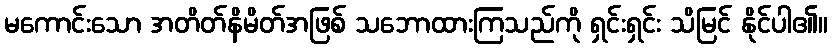
မကောင်းသော အတိတ်နိမိတ်အဖြစ် သဘောထားကြသည်ကို ရှင်းရှင်း သိမြင် နိုင်ပါ၏။